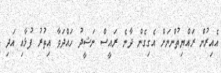
އެއިރުން ރައްޔިތުންނަށް އެގިގެން ދާނެ ރައީސް ނަޝީދު ހައްދަވާ އިތުރު ފުޅާއި އަދި